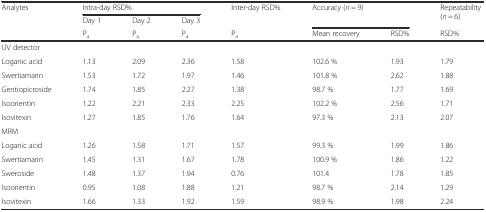
<table><thead><tr><td rowspan="3"><b>Analytes</b></td><td colspan="3"><b>Intra-day RSD%</b></td><td rowspan="2"><b>Inter-day RSD%</b></td><td rowspan="2" colspan="2"><b>Accuracy (<i>n</i> = 9)</b></td><td rowspan="2"><b>Repeatability (<i>n</i> = 6)</b></td></tr><tr><td><b>Day 1</b></td><td><b>Day 2</b></td><td><b>Day 3</b></td></tr><tr><td><b>P<sub>a</sub></b></td><td><b>P<sub>a</sub></b></td><td><b>P<sub>a</sub></b></td><td><b>P<sub>a</sub></b></td><td><b>Mean recovery</b></td><td><b>RSD%</b></td><td><b>RSD%</b></td></tr></thead><tbody><tr><td colspan="8">UV detector</td></tr><tr><td>Loganic acid</td><td>1.13</td><td>2.09</td><td>2.36</td><td>1.58</td><td>102.6 %</td><td>1.93</td><td>1.79</td></tr><tr><td>Swertiamarin</td><td>1.53</td><td>1.72</td><td>1.97</td><td>1.46</td><td>101.8 %</td><td>2.62</td><td>1.88</td></tr><tr><td>Gentiopicroside</td><td>1.74</td><td>1.85</td><td>2.27</td><td>1.38</td><td>98.7 %</td><td>1.77</td><td>1.69</td></tr><tr><td>Isoorientin</td><td>1.22</td><td>2.21</td><td>2.33</td><td>2.25</td><td>102.2 %</td><td>2.56</td><td>1.71</td></tr><tr><td>Isovitexin</td><td>1.27</td><td>1.85</td><td>1.76</td><td>1.64</td><td>97.3 %</td><td>2.13</td><td>2.07</td></tr><tr><td colspan="8">MRM</td></tr><tr><td>Loganic acid</td><td>1.26</td><td>1.58</td><td>1.71</td><td>1.57</td><td>99.3 %</td><td>1.99</td><td>1.86</td></tr><tr><td>Swertiamarin</td><td>1.45</td><td>1.31</td><td>1.67</td><td>1.78</td><td>100.9 %</td><td>1.86</td><td>1.22</td></tr><tr><td>Sweroside</td><td>1.48</td><td>1.37</td><td>1.94</td><td>0.76</td><td>101.4</td><td>1.78</td><td>1.85</td></tr><tr><td>Isoorientin</td><td>0.95</td><td>1.08</td><td>1.88</td><td>1.21</td><td>98.7 %</td><td>2.14</td><td>1.29</td></tr><tr><td>Isovitexin</td><td>1.66</td><td>1.33</td><td>1.92</td><td>1.59</td><td>98.9 %</td><td>1.98</td><td>2.24</td></tr></tbody></table>